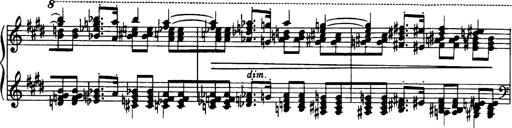
Title: OuvertÃ¼re zu TannhÃ¤user
Composer: Franz Liszt